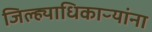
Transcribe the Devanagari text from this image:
जिल्ह्याधिकाऱ्यांना